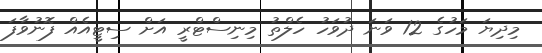
މިދިޔަ މަހުގެ 12 ވަނަ ދުވަހު ހެލްތު މިނިސްޓްރީ އަށް ސިޓީއެއް ފޮނުވާފަ